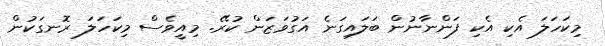
މިކަހަލަ އެކި އެކި ފަންނާނުން ބަލައިގަނެ އަގުވަޒަން ކުރޭ. މިއީވެސް މިކަހަލަ ރޮނގަކުން